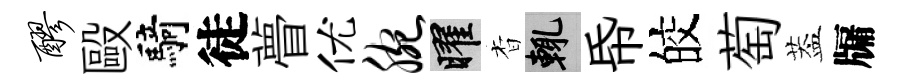
醪毆騎徒瞢优腕曜杳輒帋皎萄葢牖